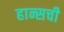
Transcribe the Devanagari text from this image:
हान्सची